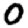
Digit: 0